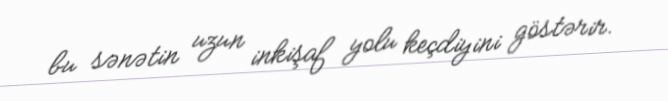
bu sənətin uzun inkişaf yolu keçdiyini göstərir.